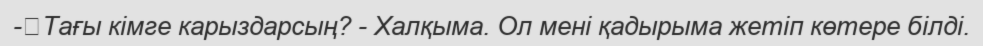
-	Тағы кімге карыздарсың? - Халқыма. Ол мені қадырыма жетіп көтере білді.